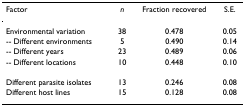
<table><thead><tr><td><b>Factor</b></td><td><b><i>n</i></b></td><td><b>Fraction recovered</b></td><td><b>S.E.</b></td></tr></thead><tbody><tr><td>Environmental variation</td><td>38</td><td>0.478</td><td>0.05</td></tr><tr><td>-- Different environments</td><td>5</td><td>0.490</td><td>0.14</td></tr><tr><td>-- Different years</td><td>23</td><td>0.489</td><td>0.06</td></tr><tr><td>-- Different locations</td><td>10</td><td>0.448</td><td>0.10</td></tr><tr><td>Different parasite isolates</td><td>13</td><td>0.246</td><td>0.08</td></tr><tr><td>Different host lines</td><td>15</td><td>0.128</td><td>0.08</td></tr></tbody></table>